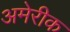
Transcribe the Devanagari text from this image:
अमेरीक